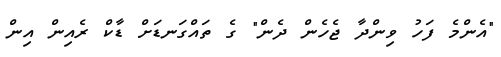
"އެންމެ ފަހު ވިންދާ ޖެހެން ދެން" ގެ ތައްގަނޑަށް ޑާކް ރެއިން އިން